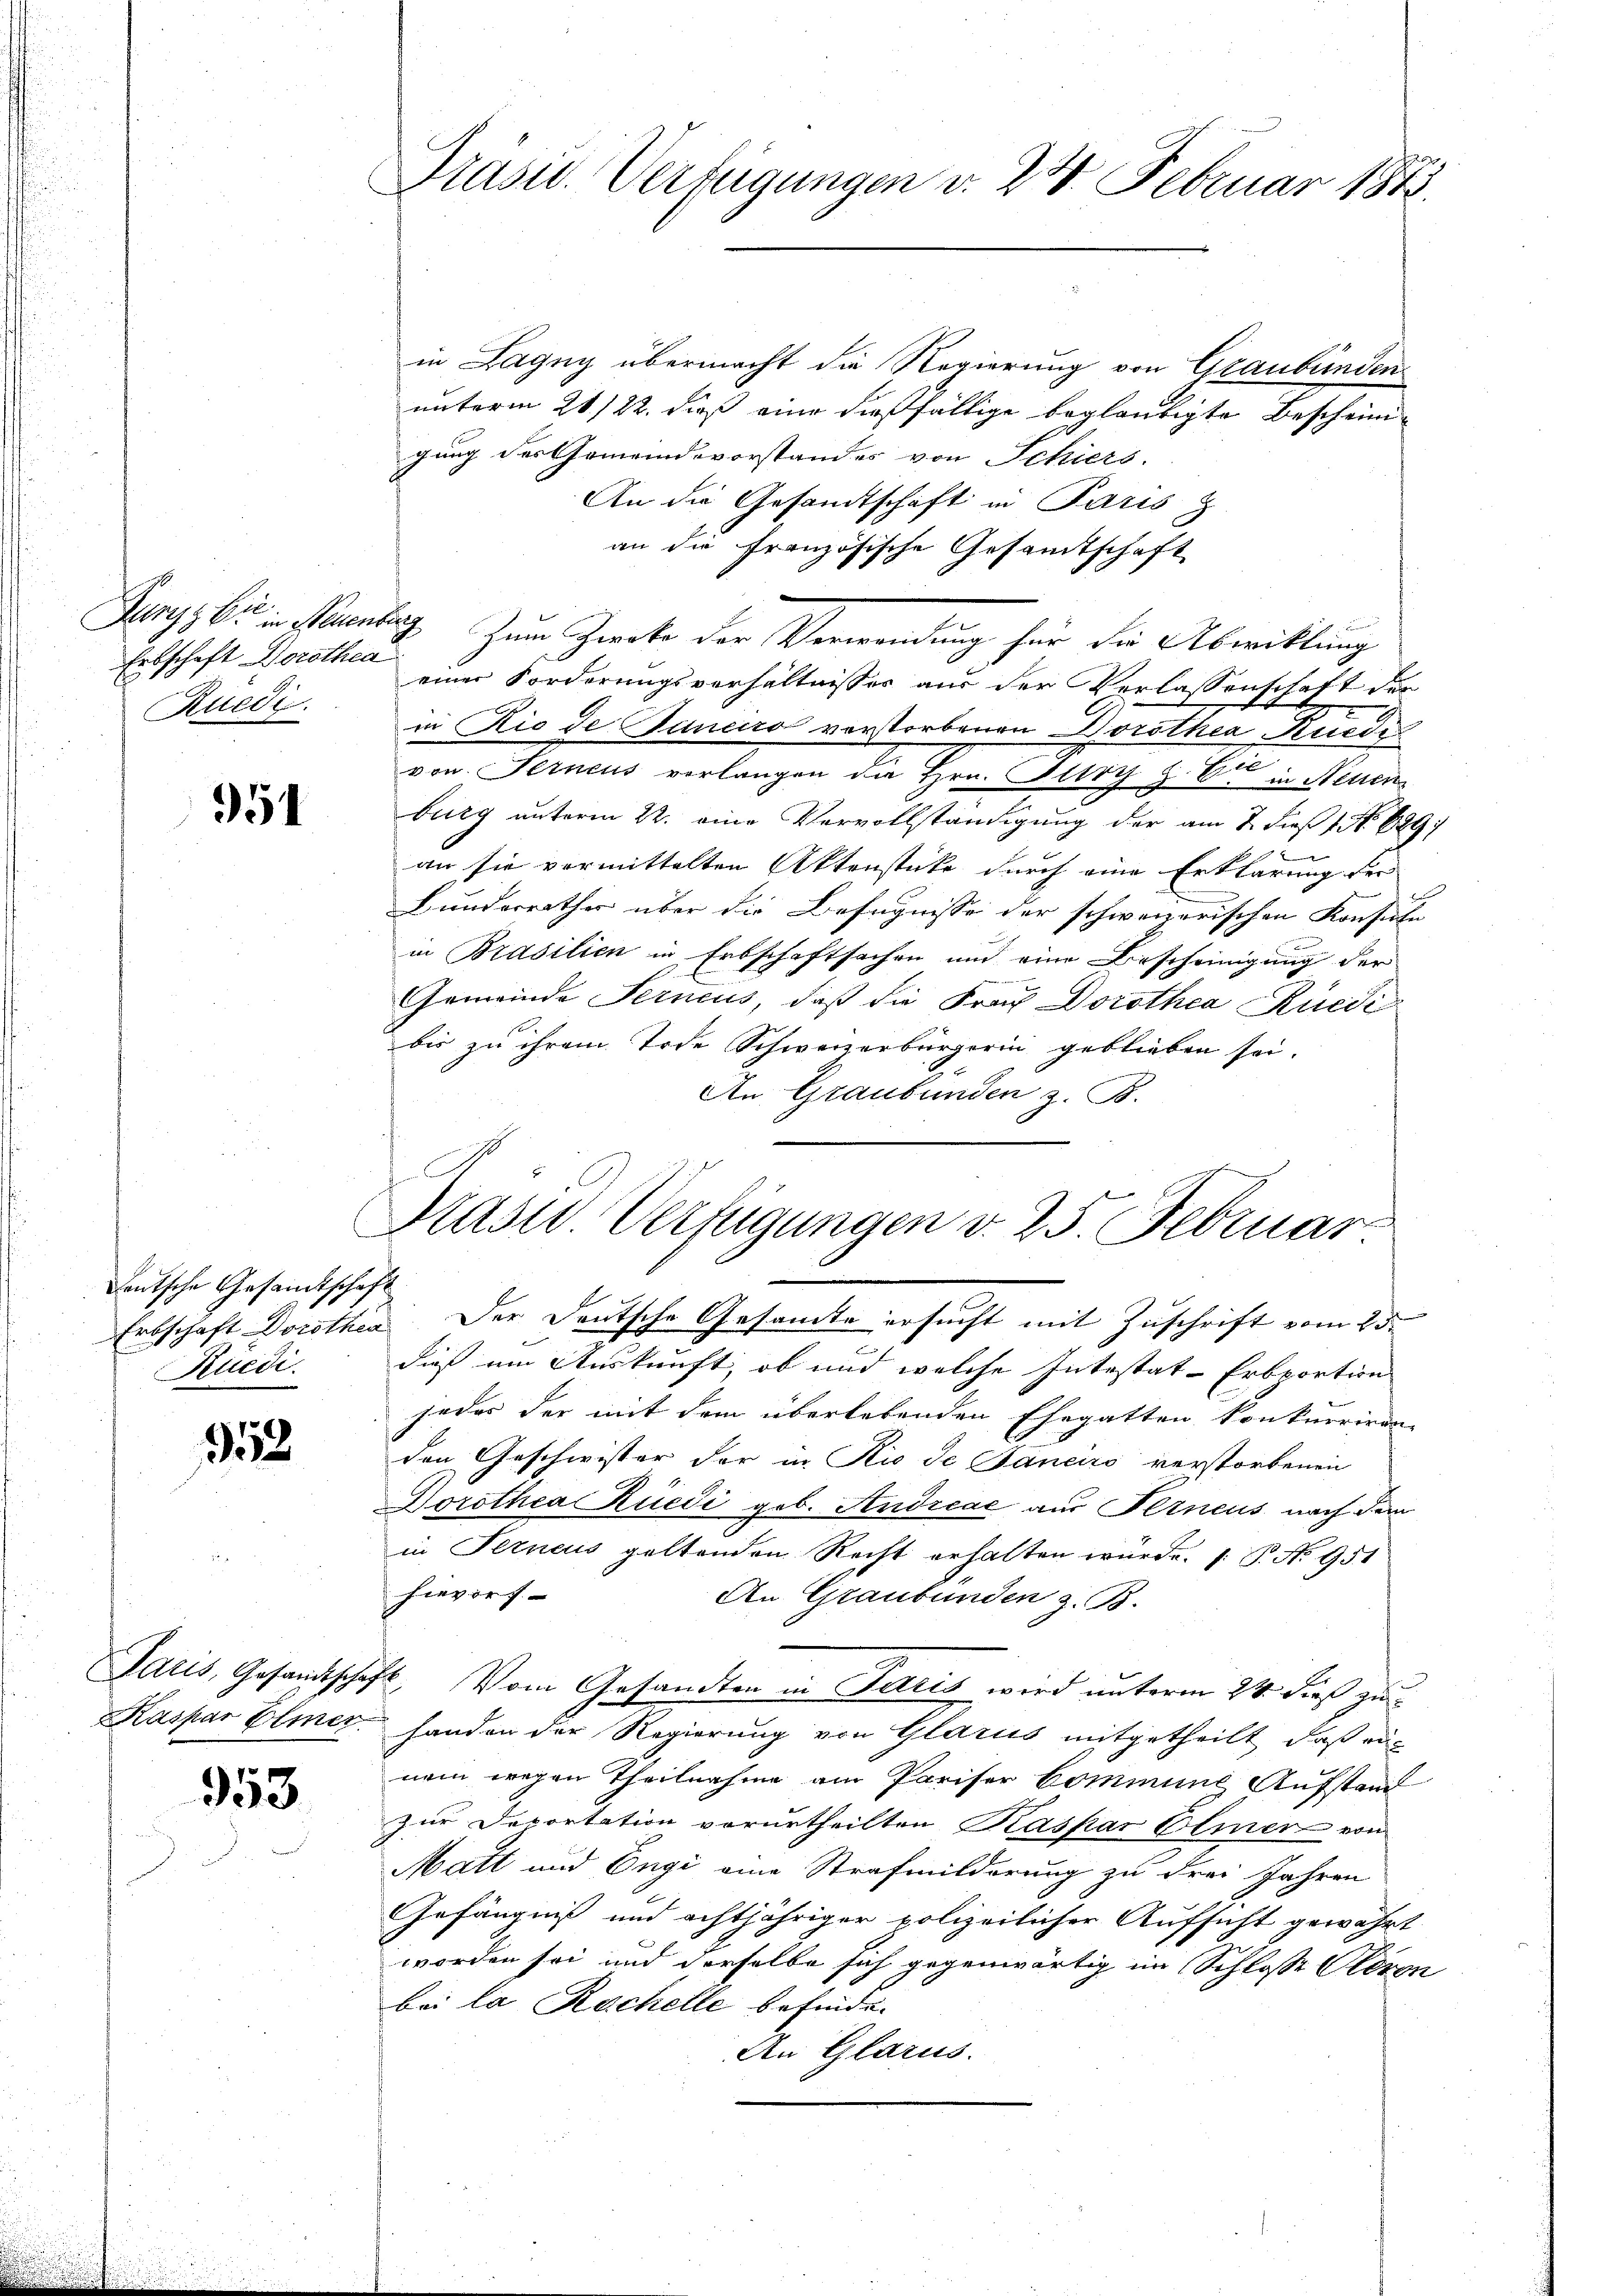
Ertschaft Horothea
Ruedi.

951

Deutsche Gesandtschaft
Kuedi.

952

353

Präsid. Verfügungen d. 23. Februar 1873.

Prast. Verfügungen v. 25. Februar

in Lagny übermacht die Regierung von Graubünden
unterm 21/22. dieß eine dießfällige beglaubigte Bescheini-
gung des Gemeindevorstandes von Schiers.
An die Gesandtschaft in Paris z
an die Französische Gesamtschaft
u
Jury, bis in Neuenburg zum Zwecke der Verwendung für die Abwicklung
einer Forderungsverhältnisses aus der Verlassenschaft der
in Rio de Janeiro vorstorbenen Dorothea Kunde
von Ferneus verlangen da Hrn. Gliry z. B. in Neuen
burg unterm 22. eine Vervollständigung der am 7. dieß 1 No 689
an sie vormittelten Aktenstücke durch eine Erklärung der
Bunderrather über die Befugnisse der schweizerischen Konsule
in Brasilien in Erbschaftsachen und eine Bescheinigung der
Gemeinde Ferneus, daß die Frau Dorothea Rüede
.
bis zu ihrem Tode Schweizerbürgerin geblieben sei.
An Graubünden z. B.
Erbschaft Dorothea Der Deutsche Gesamte ersucht mit Zuschrift vom 23.
dieß um Auskunft, ob und welche Intestat-Erbportion
f
jeder der mit dem überlebenden Ehegatten konkurriren
den Geschwister der in Rio de Janeiro verstorbenen
Dorothea Rüedi geb. Andreae aus Ferneus nach dem
in Ferneus geltenden Recht erhalten würde. (: P. Nr. 951
hievors
An Graubünden z. B.
Paris, Gesandtschaft. Vom Gesandten in Paris wird unterm 24. dieß zu¬
Kaspar Elmer. Handen der Regierung von Glarus mitgetheilt, daß au
nem wegen Theilnahme am Pariser Commune Aufstand
zur Deportation verurtheilten Kaspar Elmer von
Matt und Engi eine Strafmilderung zu drei Jahren
Gefängniß und achtjähriger polizeilicher Aufsicht gewährt
worden sei und derselbe sich gegenwärtig im Schlosse Peron
bei la Rachelle befinde.
An Glarus.